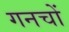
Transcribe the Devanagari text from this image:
गनचों